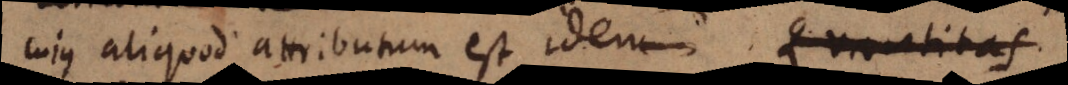
cujus aliquod attributum est idem. Quantitas.